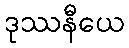
ဒုဿနီယေ